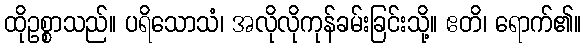
ထိုဥစ္စာသည်။ ပရိသောသံ၊ အလိုလိုကုန်ခမ်းခြင်းသို့။ ဧတိ၊ ရောက်၏။